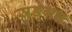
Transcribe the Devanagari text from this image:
सङ्गत